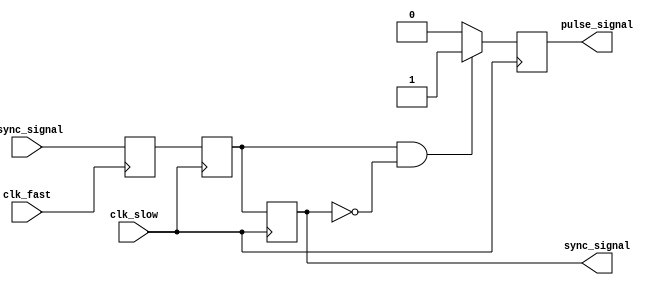
module pulsed_synchronizer (
    input  wire clk_fast,           // Fast clock domain
    input  wire clk_slow,           // Slow clock domain
    input  wire async_signal,        // Asynchronous input signal
    output reg  sync_signal,         // Synchronized output signal
    output reg  pulse_signal         // Pulsed output signal
);

// Local signals for synchronization
reg async_signal_ff1;               // First stage flip-flop
reg async_signal_ff2;               // Second stage flip-flop

// Generate synchronized signal
always @(posedge clk_fast) begin
    async_signal_ff1 <= async_signal; // Capture the async signal on fast clock
end

always @(posedge clk_slow) begin
    async_signal_ff2 <= async_signal_ff1; // Capture the first stage output on slow clock
    sync_signal <= async_signal_ff2;       // Output the synchronized signal
    
    // Pulse generation logic
    if (async_signal_ff2 && !sync_signal) begin
        pulse_signal <= 1'b1; // Generate pulse when signal transitions from 0 to 1
    end else begin
        pulse_signal <= 1'b0; // Clear pulse otherwise
    end
end

endmodule